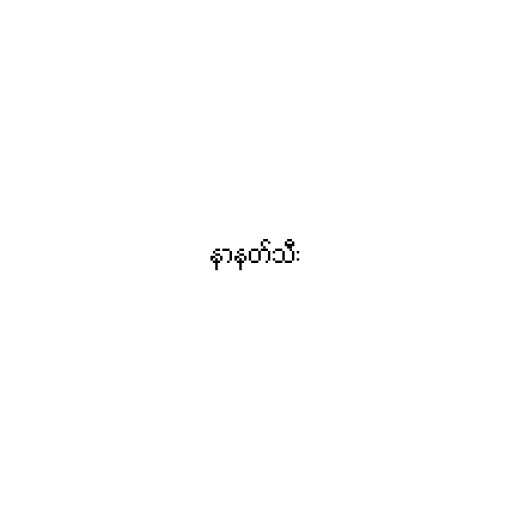
နာနတ်သီး